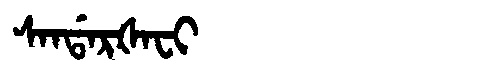
Manchu: ᠰᠠᠨᡩᠠᡵᡧᠠᠸᡳ
Romanization: SANDARŠAFI